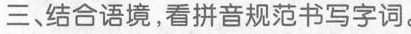
三、结合语境，看拼音规范书写字词。